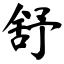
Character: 舒